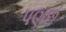
પણછ